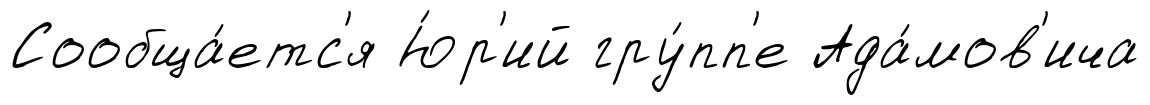
Сообща́етс'я Ю́р'ий гру́пп'е Ада́мов'ича